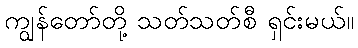
ကျွန်တော်တို့ သတ်သတ်စီ ရှင်းမယ်။